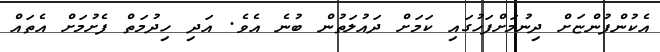
އެކުންފުންޏަށް ދިނުމަށްފަހުގައި ކަމަށް ދައުލަތުން ބުނެ އެވެ. އަދި ހިދުމަތް ފެށުމަށް އެތައް